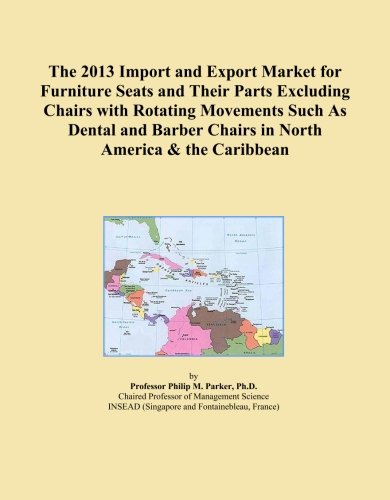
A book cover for The 2013 Import and Export Market for Furniture Seats and Their Parts Excluding Chairs with Rotating Movements Such As Dental and Barber Chairs in North America & the Caribbean; Icon Group International; Medical Books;